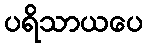
ပရိသာယပေ